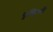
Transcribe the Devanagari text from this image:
गृष्हिणी